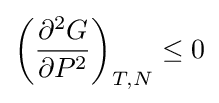
{\biggl (}{\frac {\partial ^{2}G}{\partial P^{2}}}{\biggr )}_{T,N}\leq 0